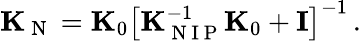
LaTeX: {\mathbf K}_{\mathrm{~N~}}={\mathbf K}_{0}\left[{\mathbf K}_{\mathrm{~N~I~P~}}^{-1}{\mathbf K}_{0}+{\mathbf I}\right]^{-1}\, .